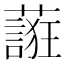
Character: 𬞷